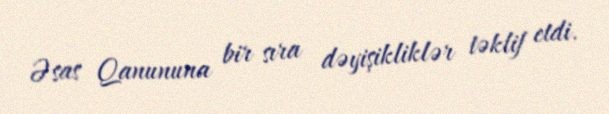
Əsas Qanununa bir sıra dəyişikliklər təklif etdi.